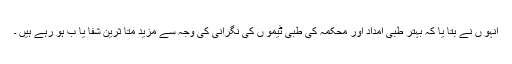
انہو ں نے بتا یا کہ بہتر طبی امداد اور محکمہ کی طبی ٹیمو ں کی نگرانی کی وجہ سے مزید متا ثرین شفا یا ب ہو رہے ہیں ۔